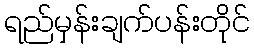
ရည်မှန်းချက်ပန်းတိုင်